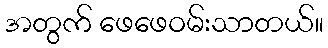
အတွက် ဖေဖေဝမ်းသာတယ်။